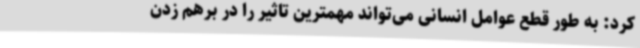
کرد: به طور قطع عوامل انسانی می‌تواند مهمترین تاثیر را در برهم زدن